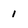
Character: 1